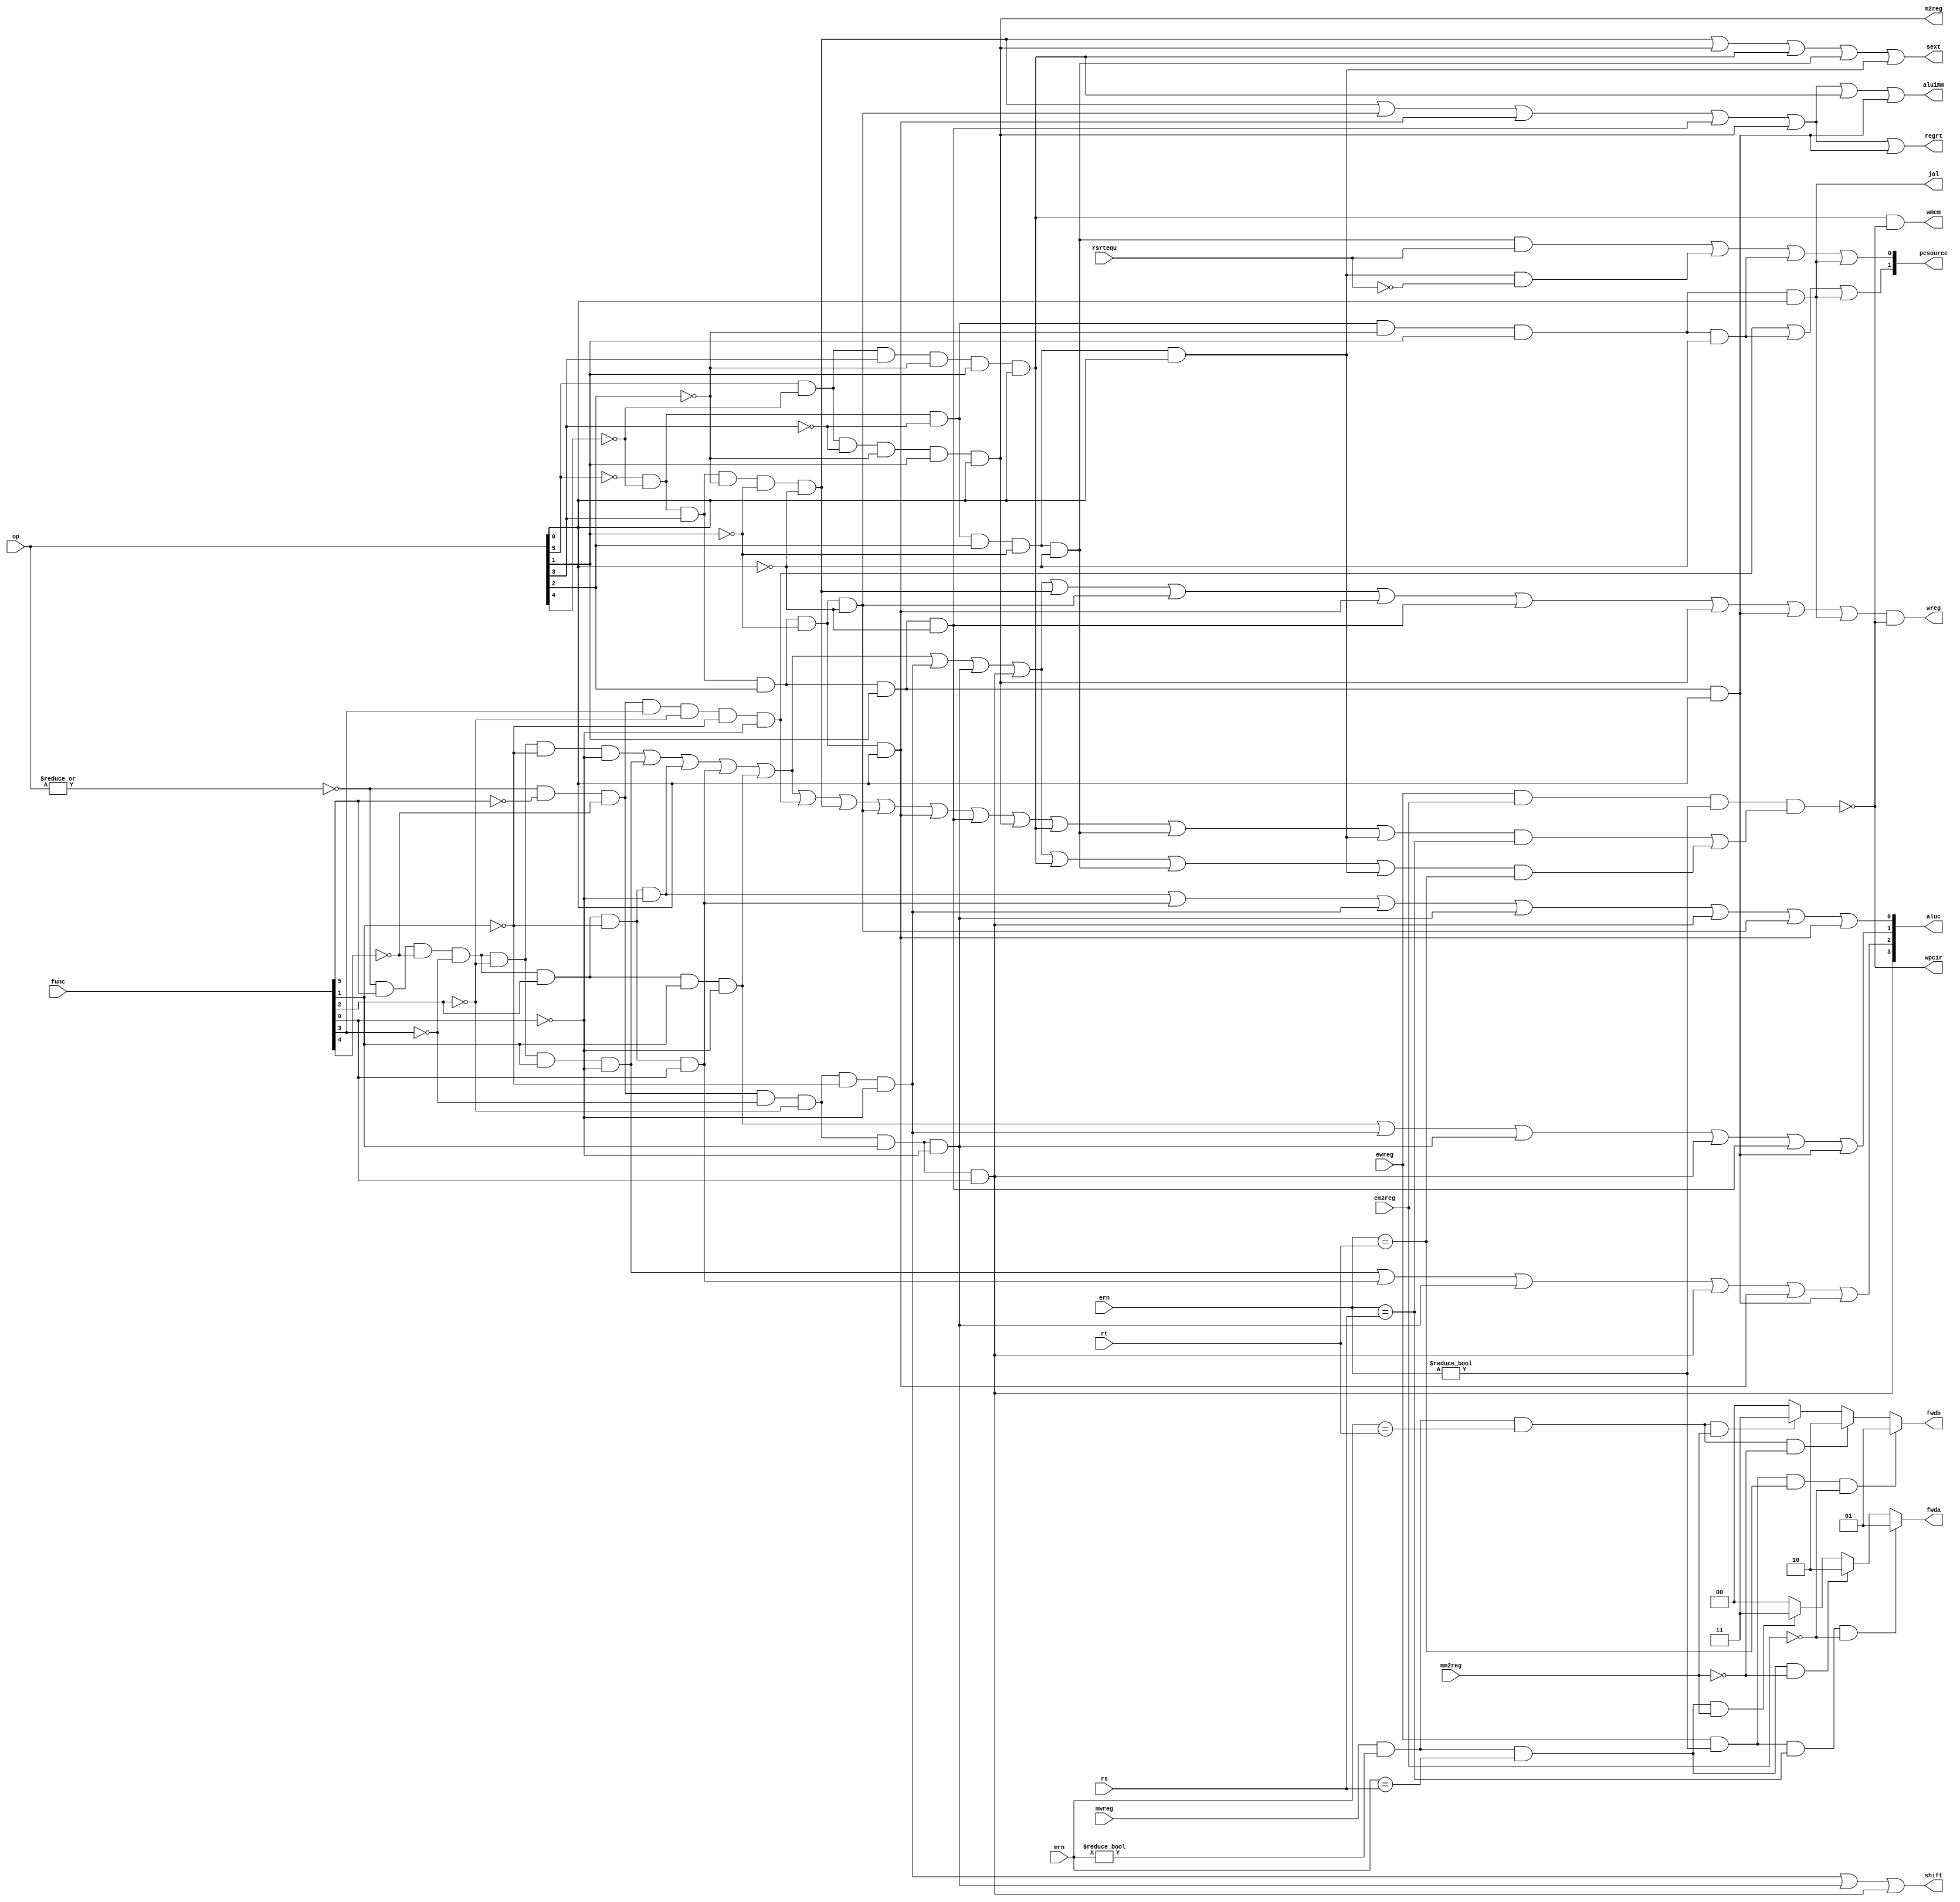
module sc_cu (mwreg,mrn,ern,ewreg,em2reg,mm2reg,rsrtequ,func,op,rs,rt,
					wreg,m2reg,wmem,aluc,regrt,aluimm,fwda,fwdb,wpcir,sext,
					pcsource,shift,jal);	
   input  [5:0] op,func;
	input	 [4:0] rs,rt,mrn,ern;
   input        rsrtequ;
	input			 mwreg,ewreg,em2reg,mm2reg;
   output       wreg,regrt,jal,m2reg,shift,aluimm,sext,wmem;
   output [3:0] aluc;
   output [1:0] pcsource;
	output [1:0] fwda,fwdb;
	output 		 wpcir;
	reg[1:0]		 fwda,fwdb;
   wire r_type = ~|op;
   wire i_add = r_type & func[5] & ~func[4] & ~func[3] &
                ~func[2] & ~func[1] & ~func[0];    //100000
   wire i_sub = r_type & func[5] & ~func[4] & ~func[3] &
                ~func[2] &  func[1] & ~func[0];    //100010
      
   //  please complete the deleted code.
   
   wire i_and =  r_type & func[5] & ~func[4] & ~func[3] &
                func[2] & ~func[1] & ~func[0];     //100100
   wire i_or  = r_type & func[5] & ~func[4] & ~func[3] &
                func[2] & ~func[1] & func[0]; 		//100101

   wire i_xor = r_type & func[5] & ~func[4] & ~func[3] &
                func[2] & func[1] & ~func[0]; 		//100110
   wire i_sll = r_type & ~func[5] & ~func[4] & ~func[3] &
                ~func[2] & ~func[1] & ~func[0]; 	//000000
   wire i_srl = r_type & ~func[5] & ~func[4] & ~func[3] &
                ~func[2] & func[1] & ~func[0]; 		//000010
   wire i_sra = r_type & ~func[5] & ~func[4] & ~func[3] &
                ~func[2] & func[1] & func[0]; 		//000011
   wire i_jr  = r_type & ~func[5] & ~func[4] & func[3] &
                ~func[2] & ~func[1] & ~func[0];  	//001000
                
   wire i_addi = ~op[5] & ~op[4] &  op[3] & ~op[2] & ~op[1] & ~op[0]; //001000
   wire i_andi = ~op[5] & ~op[4] &  op[3] &  op[2] & ~op[1] & ~op[0]; //001100
   wire i_ori  = ~op[5] & ~op[4] &  op[3] &  op[2] & ~op[1] &  op[0]; //001101
   wire i_xori = ~op[5] & ~op[4] &  op[3] &  op[2] &  op[1] & ~op[0]; //001110
   wire i_lw   =  op[5] & ~op[4] & ~op[3] & ~op[2] &  op[1] &  op[0]; //100011  
   wire i_sw   =  op[5] & ~op[4] &  op[3] & ~op[2] &  op[1] &  op[0]; //101011 
   wire i_beq  = ~op[5] & ~op[4] & ~op[3] &  op[2] & ~op[1] & ~op[0]; //000100
   wire i_bne  = ~op[5] & ~op[4] & ~op[3] &  op[2] & ~op[1] &  op[0];  //000101 
   wire i_lui  = ~op[5] & ~op[4] &  op[3] &  op[2] &  op[1] &  op[0]; //001111
   wire i_j    = ~op[5] & ~op[4] & ~op[3] & ~op[2] &  op[1] & ~op[0]; //000010
   wire i_jal  = ~op[5] & ~op[4] & ~op[3] & ~op[2] &  op[1] &  op[0]; //000011
   
	wire i_rs = i_add | i_sub | i_and | i_or | i_xor | i_jr | i_addi |
					i_andi | i_ori | i_xori | i_lw | i_sw | i_beq | i_bne;
	wire i_rt = i_add | i_sub | i_and | i_or | i_xor | i_sll | i_srl |
					i_sra | i_sw | i_beq | i_bne;
	assign wpcir = ~(ewreg & em2reg & (ern != 0) & (i_rs &(ern == rs)| i_rt & (ern == rt)));//STALL

	//00:pc+4 01:bpc 10:da 11:jpc
   assign pcsource[1] = i_jr | i_j | i_jal;
   assign pcsource[0] = ( i_beq & rsrtequ ) | (i_bne & ~rsrtequ) | i_j | i_jal ;
   
	
   assign wreg = (i_add | i_sub | i_and | i_or   | i_xor  |
                 i_sll | i_srl | i_sra | i_addi | i_andi |
                 i_ori | i_xori | i_lw | i_lui  | i_jal) & wpcir;
	assign wmem    = i_sw & wpcir;

   assign aluc[3] = i_sra;      // complete by yourself.
   assign aluc[2] = i_sub | i_or | i_srl | i_sra | i_ori | i_lui; 
   assign aluc[1] = i_xor | i_sll | i_srl | i_sra | i_xori | i_lui;
   assign aluc[0] = i_and | i_or | i_sll | i_srl | i_sra | i_andi | i_ori;
   assign shift   = i_sll | i_srl | i_sra ;

   assign aluimm  = i_addi | i_andi | i_ori | i_xori | i_lw | i_sw | i_lui;      // complete by yourself.
   assign sext    = i_addi | i_lw | i_sw | i_beq | i_bne;

   assign m2reg   = i_lw;
   assign regrt   = i_addi | i_andi | i_ori | i_xori | i_lw  | i_lui;
   assign jal     = i_jal;

	always @ (ewreg or mwreg or ern or mrn or em2reg or mm2reg or rs or rt )
		begin
		//rd
		fwda =2'b00;
		if (ewreg & (ern != 0 ) & (ern == rs) & ~em2reg)//alu need the result of prev-inst rd = rs
			begin
			fwda = 2'b01;
			end 
		else 
			begin
			if (mwreg & (mrn != 0 ) & (mrn == rs) & ~mm2reg)//alu need the result of the second inst before it   rd = rs
				begin
				fwda = 2'b10;
				end 
			else 
				begin
				if (mwreg & (mrn != 0) & (mrn == rs) & mm2reg) //alu need the memery output of the second inst before it   rd = rs
					begin
					fwda = 2'b11;
					end
				end
			end
		//rt
		fwdb = 2'b00;
		if (ewreg & (ern !=0 ) & (ern == rt) & ~em2reg)
			begin
			fwdb = 2'b01;
			end 
		else 
			begin
			if (mwreg & (mrn != 0) & (mrn == rt) & ~mm2reg)
				begin
				fwdb = 2'b10 ;
				end 
			else 
				begin
				if (mwreg & (mrn != 0 ) & (mrn == rt) & mm2reg )
					begin
					fwdb =2'b11;
					end
				end
			end
		end
  
endmodule